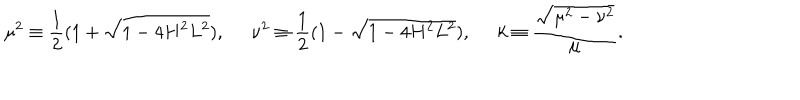
\mu ^ { 2 } \equiv \frac { 1 } { 2 } ( 1 + \sqrt { 1 - 4 H ^ { 2 } L ^ { 2 } } ) , \; \; \nu ^ { 2 } \equiv \frac { 1 } { 2 } ( 1 - \sqrt { 1 - 4 H ^ { 2 } L ^ { 2 } } ) , \; \; k \equiv \frac { \sqrt { \mu ^ { 2 } - \nu ^ { 2 } } } { \mu } .